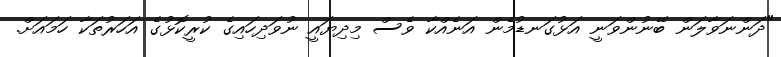
"ދަންނަވާލަން ބޭނުންވަނީ އަޅުގަނޑުމެން އަނެއްކާ ވެސް މިދިޔައީ ނުވަދިހައިގެ ކުރީކޮޅުގެ އަހަރުތަކާ ހަމައަށް.